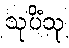
သုပိံသု